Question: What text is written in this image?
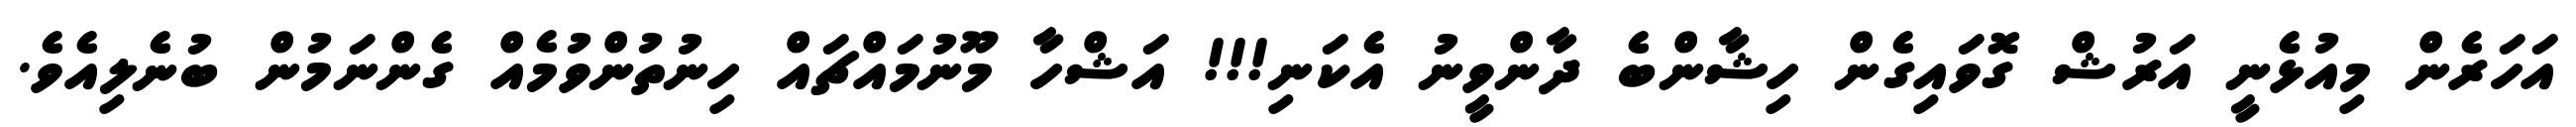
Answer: އަހަރެން މިއުޅެނީ އަރުޝް ގޮވައިގެން ހިޝާންބެ ދާންވީނު އެކަނި!!! އަޝްހާ މޫނުމައްޗައް ހިނުތުންވުމެއް ގެންނަމުން ބުނެލިއެވެ.